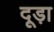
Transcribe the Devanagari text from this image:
दूड़ा